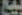
بيع